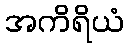
အကိရိယံ